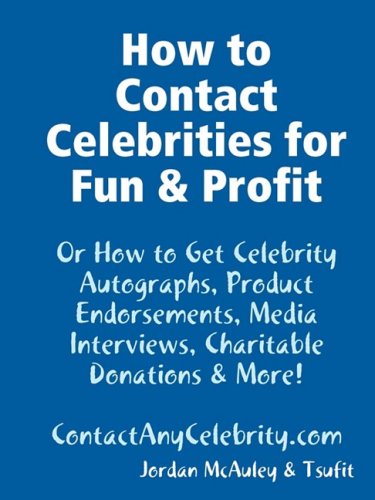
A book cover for How to Contact Celebrities for Fun and Profit; Crafts, Hobbies & Home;